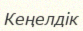
Кеңелдік